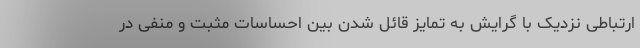
ارتباطی نزدیک با گرایش به تمایز قائل شدن بین احساسات مثبت و منفی در